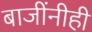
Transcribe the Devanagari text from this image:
बाजींनीही